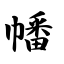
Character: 幡